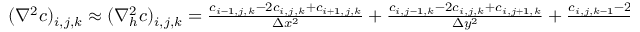
\begin{array} { r } { ( \nabla ^ { 2 } c ) _ { i , j , k } \approx ( \nabla _ { h } ^ { 2 } c ) _ { i , j , k } = \frac { c _ { i - 1 , j , k } - 2 c _ { i , j , k } + c _ { i + 1 , j , k } } { \Delta x ^ { 2 } } + \frac { c _ { i , j - 1 , k } - 2 c _ { i , j , k } + c _ { i , j + 1 , k } } { \Delta y ^ { 2 } } + \frac { c _ { i , j , k - 1 } - 2 c _ { i , j , k } + c _ { i , j , k + 1 } } { \Delta z ^ { 2 } } } \end{array}